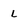
Character: l